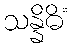
သန္နိဓိံ